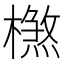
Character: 𣛶